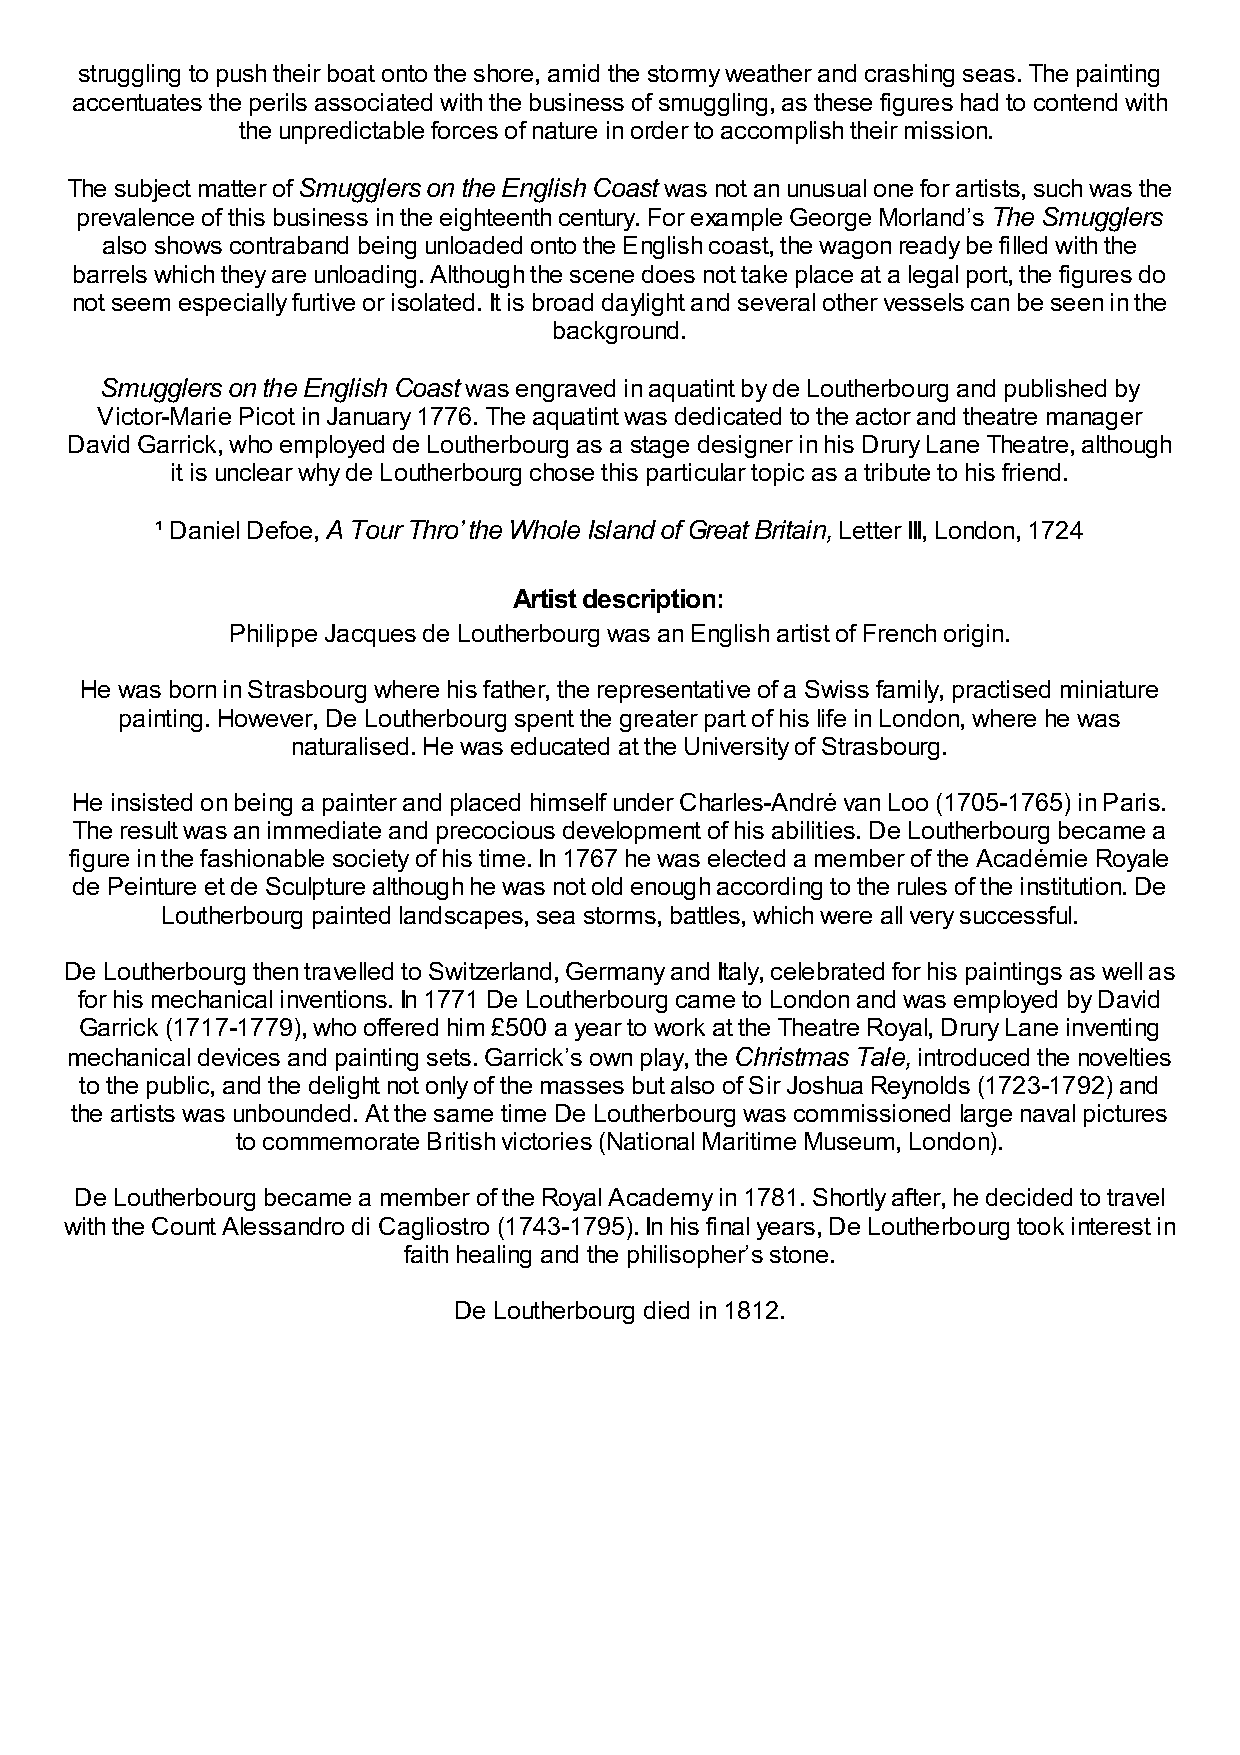
struggling to push their boat onto the shore, amid the stormy weather and crashing seas. The painting
 accentuates the perils associated with the business of smuggling, as these figures had to contend with
 the unpredictable forces of nature in order to accomplish their mission.
 The subject matter of Smugglers on the English Coast was not an unusual one for artists, such was the
 prevalence of this business in the eighteenth century. For example George Morland’s The Smugglers
 also shows contraband being unloaded onto the English coast, the wagon ready be filled with the
 barrels which they are unloading. Although the scene does not take place at a legal port, the figures do
 not seem especially furtive or isolated. It is broad daylight and several other vessels can be seen in the
 background.
 Smugglers on the English Coast was engraved in aquatint by de Loutherbourg and published by
 Victor-Marie Picot in January 1776. The aquatint was dedicated to the actor and theatre manager
 David Garrick, who employed de Loutherbourg as a stage designer in his Drury Lane Theatre, although
 it is unclear why de Loutherbourg chose this particular topic as a tribute to his friend.
 ¹ Daniel Defoe, A Tour Thro’ the Whole Island of Great Britain, Letter III, London, 1724
 Artist description:
 Philippe Jacques de Loutherbourg was an English artist of French origin.
 He was born in Strasbourg where his father, the representative of a Swiss family, practised miniature
 painting. However, De Loutherbourg spent the greater part of his life in London, where he was
 naturalised. He was educated at the University of Strasbourg.
 He insisted on being a painter and placed himself under Charles-André van Loo (1705-1765) in Paris.
 The result was an immediate and precocious development of his abilities. De Loutherbourg became a
 figure in the fashionable society of his time. In 1767 he was elected a member of the Académie Royale
 de Peinture et de Sculpture although he was not old enough according to the rules of the institution. De
 Loutherbourg painted landscapes, sea storms, battles, which were all very successful.
 De Loutherbourg then travelled to Switzerland, Germany and Italy, celebrated for his paintings as well as
 for his mechanical inventions. In 1771 De Loutherbourg came to London and was employed by David
 Garrick (1717-1779), who offered him £500 a year to work at the Theatre Royal, Drury Lane inventing
 mechanical devices and painting sets. Garrick’s own play, the Christmas Tale, introduced the novelties
 to the public, and the delight not only of the masses but also of Sir Joshua Reynolds (1723-1792) and
 the artists was unbounded. At the same time De Loutherbourg was commissioned large naval pictures
 to commemorate British victories (National Maritime Museum, London).
 De Loutherbourg became a member of the Royal Academy in 1781. Shortly after, he decided to travel
 with the Count Alessandro di Cagliostro (1743-1795). In his final years, De Loutherbourg took interest in
 faith healing and the philisopher’s stone.
 De Loutherbourg died in 1812.